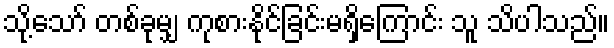
သို့သော် တစ်ခုမျှ ကုစားနိုင်ခြင်းမရှိကြောင်း သူ သိပါသည်။